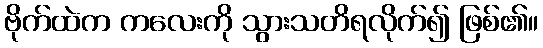
ဗိုက်ထဲက ကလေးကို သွားသတိရလိုက်၍ ဖြစ်၏။